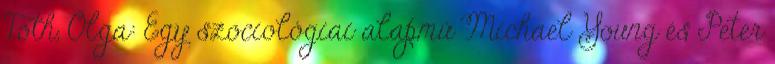
Tóth, Olga: Egy szociológiai alapmű Michael Young és Peter